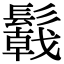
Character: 𩯋